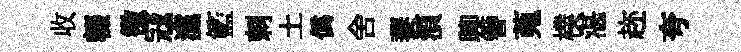
收輟徵冦灙籃刺土偽舍萋湏聊簪蒐樸湛趂夸